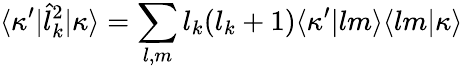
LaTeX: \langle\kappa^{\prime}|\hat{l}_{k}^{2}|\kappa\rangle=\sum_{l,m}l_{k}(l_{k}+1)\langle\kappa^{\prime}|lm\rangle\langle lm|\kappa\rangle